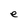
Character: e